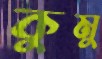
কুমু